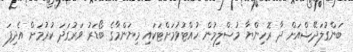
ބަންގުލަދޭޝްއަށް ދާ ރޮހިންޔާ މުސްލިމުން ހުއްޓުވުމަށްޓަކައި މިޔަންމާގެ ބޯޑަރު ވަރުގަދަ ކުރުމަށް އެދިފަ